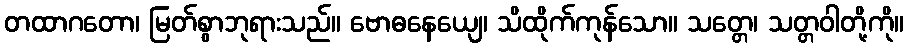
တထာဂတော၊ မြတ်စွာဘုရားသည်။ ဗောဓနေယျေ၊ သိထိုက်ကုန်သော။ သတ္တေ၊ သတ္တဝါတို့ကို။